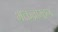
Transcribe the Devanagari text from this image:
भक्तब्राम्हण